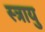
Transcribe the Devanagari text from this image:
स्त्रायु